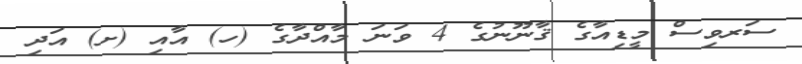
ސަރވިސް މީޑިއާގެ ޤާނޫނުގެ 4 ވަނަ މާއްދާގެ (ހ) އާއި (ށ) އަދި